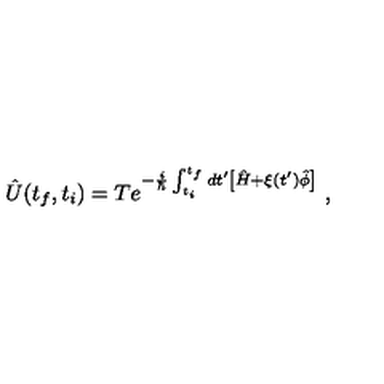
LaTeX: \hat { U } ( t _ { f } , t _ { i } ) = T e ^ { - \frac { i } { \hbar } \int _ { t _ { i } } ^ { t _ { f } } d t ^ { \prime } \left[ \hat { H } + \xi ( t ^ { \prime } ) \hat { \phi } \right] } \ ,